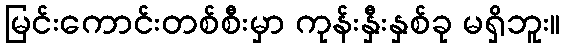
မြင်းကောင်းတစ်စီးမှာ ကုန်းနှီးနှစ်ခု မရှိဘူး။